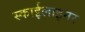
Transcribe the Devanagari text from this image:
स्काईलाइनर